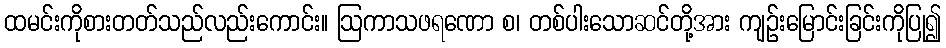
ထမင်းကိုစားတတ်သည်လည်းကောင်း။ ဩကာသဖရဏော စ၊ တစ်ပါးသောဆင်တို့အား ကျဉ်းမြောင်းခြင်းကိုပြု၍